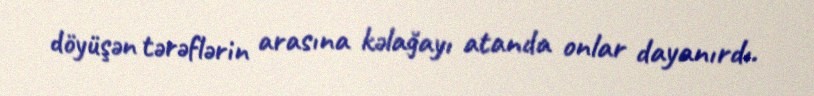
döyüşən tərəflərin arasına kəlağayı atanda onlar dayanırdı.